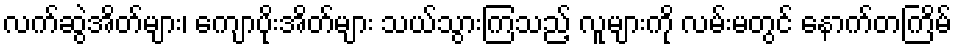
လက်ဆွဲအိတ်များ၊ ကျောပိုးအိတ်များ သယ်သွားကြသည့် လူများကို လမ်းမတွင် နောက်တကြိမ်